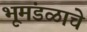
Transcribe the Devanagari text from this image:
भूमंडळाचे